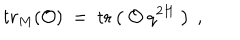
t r _ { M } ( { \cal O } ) ~ = ~ \mathrm { t r } \left( ~ { \cal O } ~ q ^ { 2 H } ~ \right) \ ,